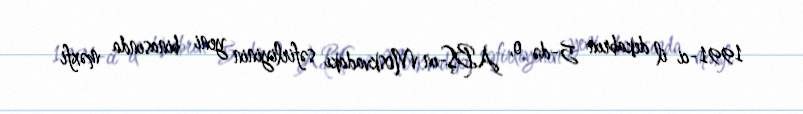
1991-ci il dekabrın 5-də o, ABŞ-ın Moskvadakı səfirliyinin yeni binasında məxfi